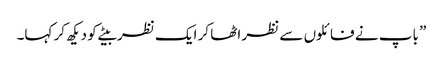
” باپ نے فائلوں سے نظر اٹھا کر ایک نظر بیٹے کو دیکھ کر کہا۔